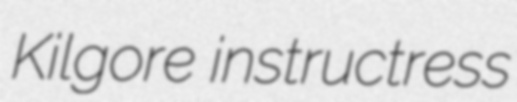
Kilgore instructress